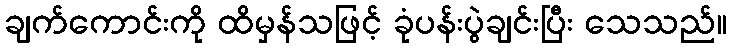
ချက်ကောင်းကို ထိမှန်သဖြင့် ခုံပန်းပွဲချင်းပြီး သေသည်။